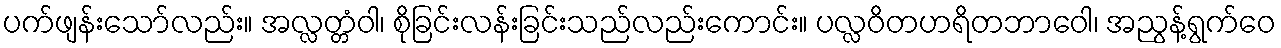
ပက်ဖျန်းသော်လည်း။ အလ္လတ္တံဝါ၊ စိုခြင်းလန်းခြင်းသည်လည်းကောင်း။ ပလ္လဝိတဟရိတဘာဝေါ၊ အညွန့်ရွက်ဝေ